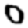
Digit: 0